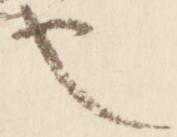
也